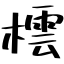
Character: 橒